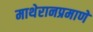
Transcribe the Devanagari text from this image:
माथेरानप्रमाणे